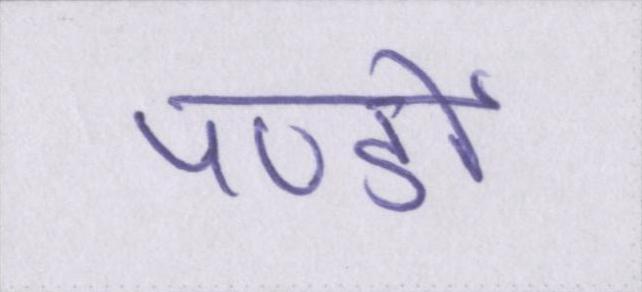
पण्डों